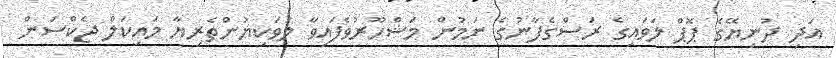
އަދި ދުނިޔޭގެ ޕޮޕް ލަވައިގެ ރަސްގެފާނުގެ ނަމުން މަޝްހޫރުވެފައިވާ ލަވަކިޔުންތެރިޔާ މައިކަލް ޖެކްސަން